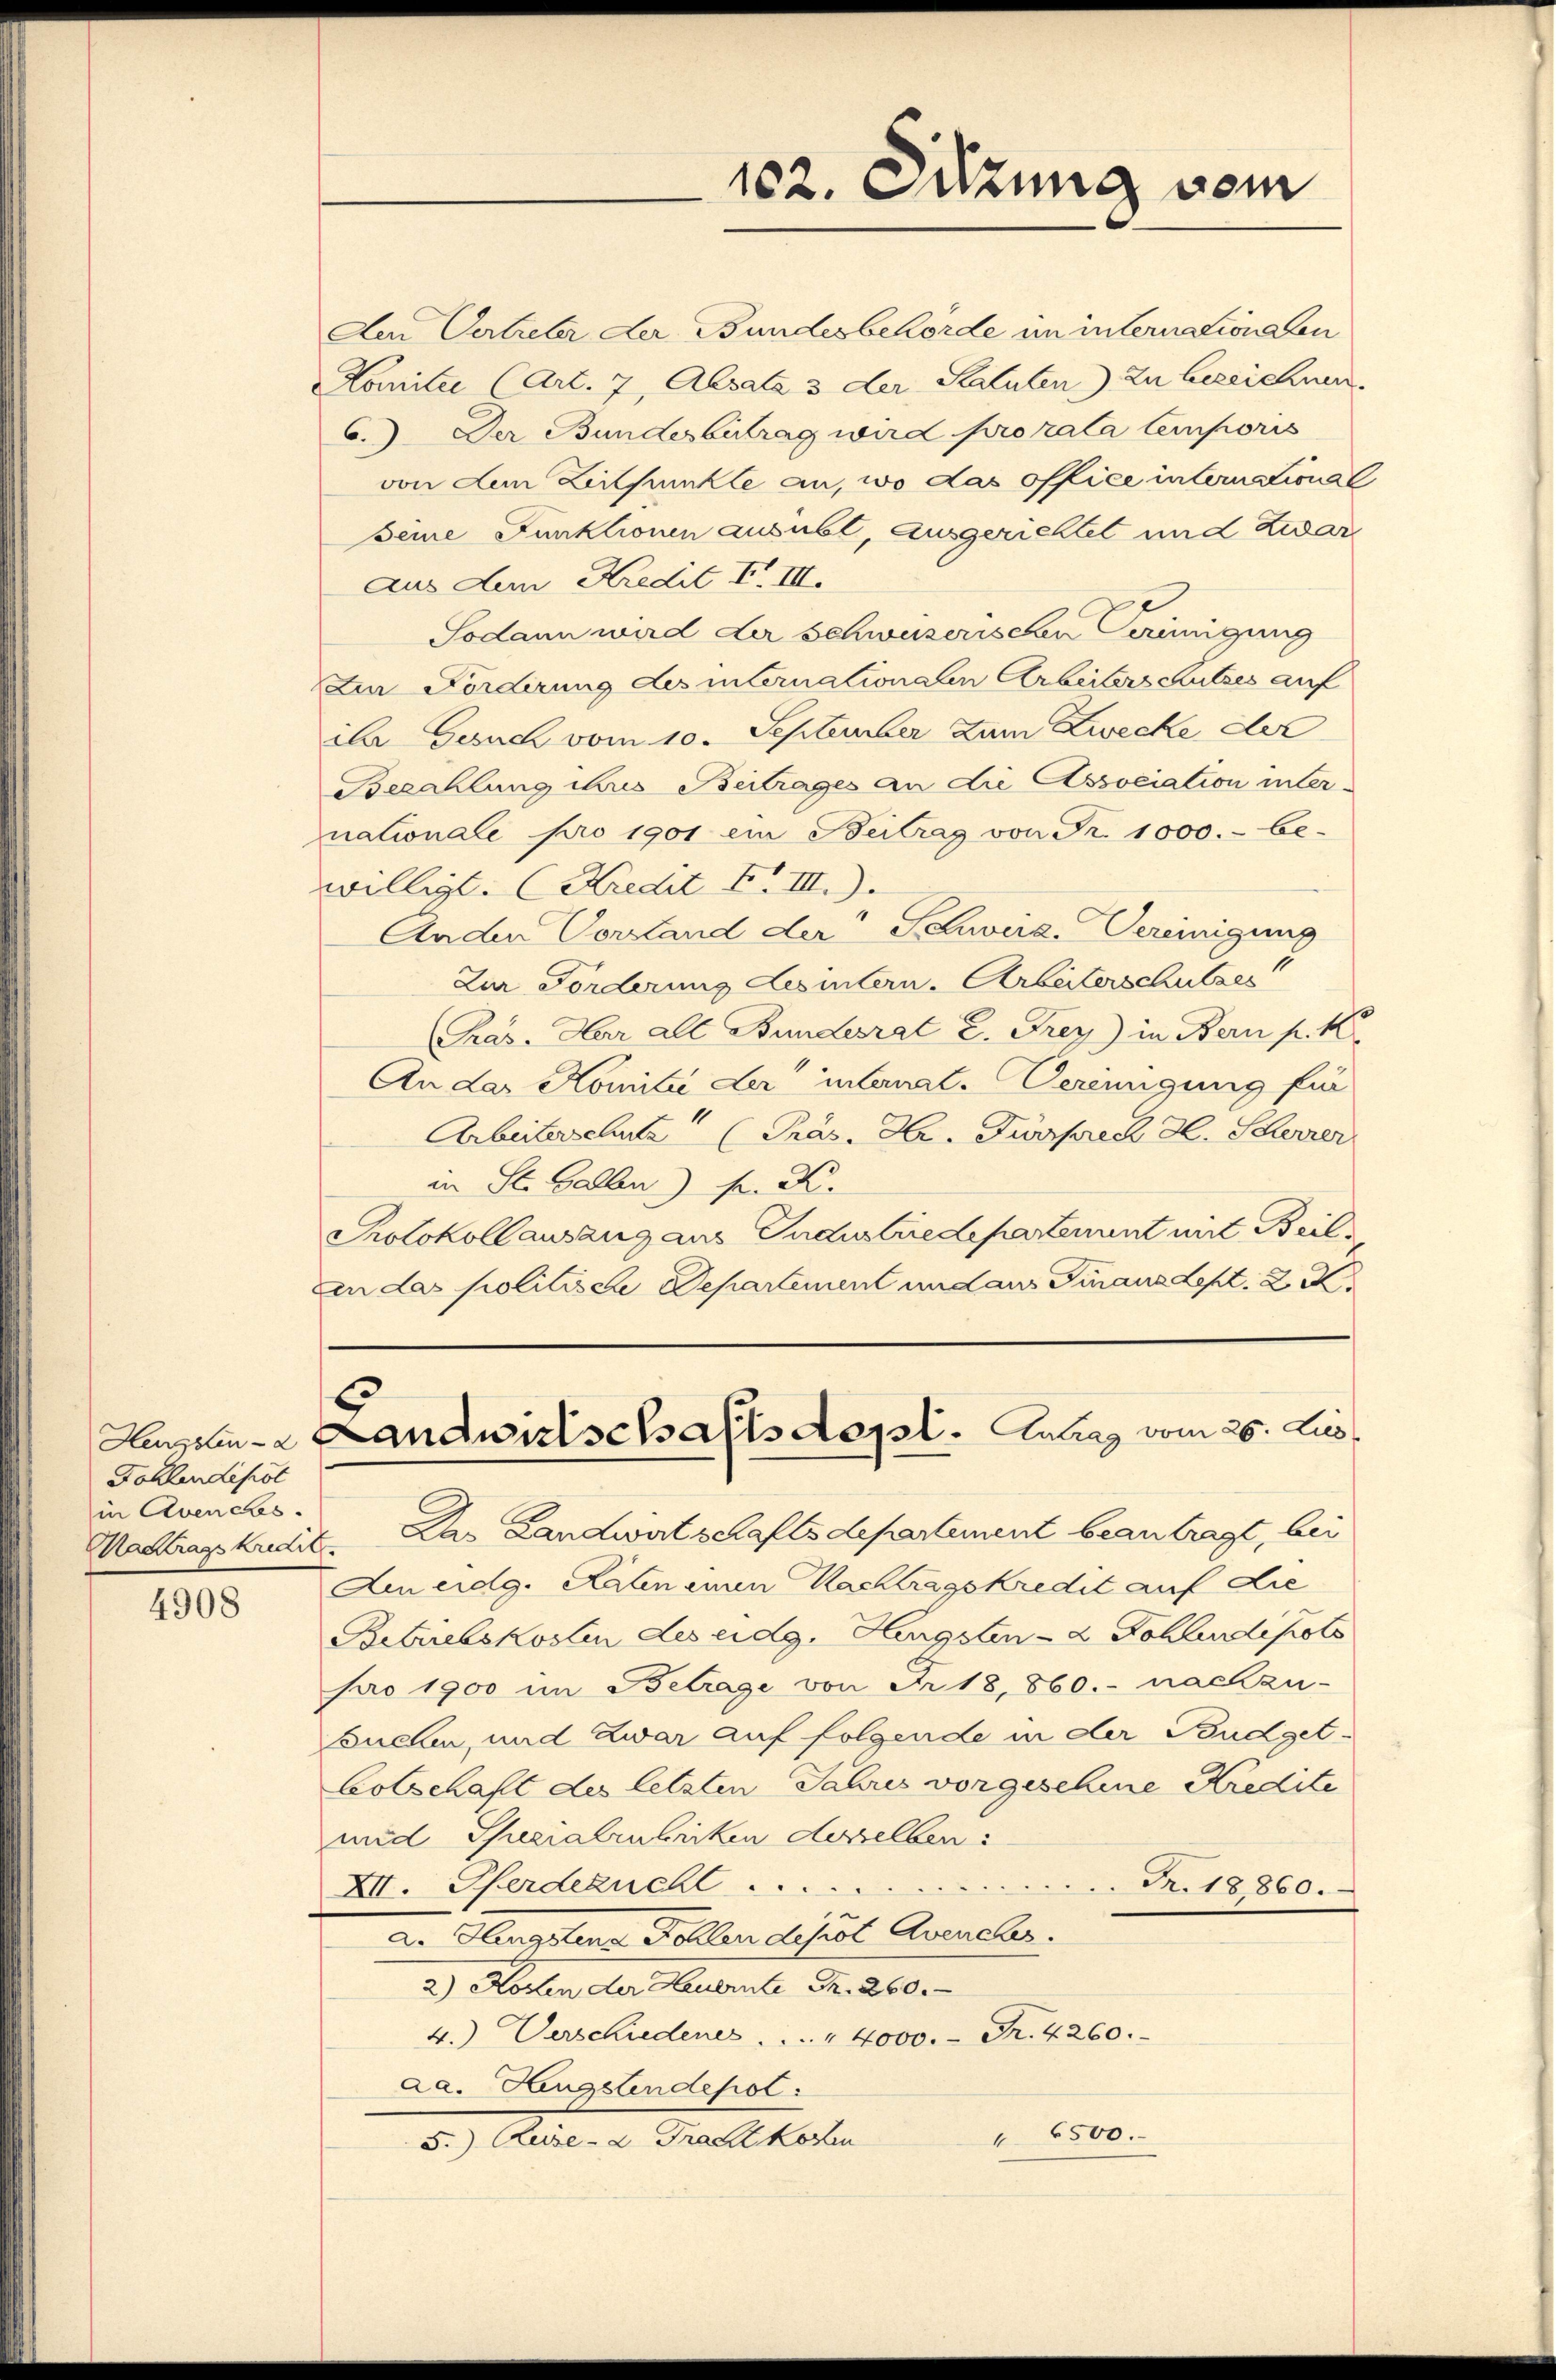
Dohlendepot
in Avenches.
Mactragskredi

4908

102. Setzung vom

Aen Vertreter der Bundesbehörde im internationalen
Komitei (Art. 7, Absala 3 der Statuten) zu bezeichnen.
6.) Der Bundesbetrag wird pro rata temporis
von dem Zeitpunkte an, wo das office international
seine Funktionen ausübt, ausgerichtet und Zwar
Aus den Kredit II III.
Sodann wird der schweizerischen Perinigung
Die Forderung des internationalen Arbeiterschutzes auf
ihr Gesuch vom 10. September zum Zwecke der
Bezahlung ihres Beitrages an die Association inter-
nationale pro 1901 ein Beitrag von Fr. 1000.- be-
willigt. (Kredit F. III).
Anden Vorstand der Schwird. Vereinigung
Zur Forderung des intern. Arbeiterschulges
(Pras. Herr all Bundesrat E. Frey) in Bern p. K.
An das Komite der internat. Vereinigung für
Arbeiterschutz (Präs. Hr. Fürsprech Al. Scherrer
in St. Gallen) pr. K.
Protokollausang aus Industriedepartement mit Beilxen das politische Departement und aus Finanzdept. 2 K
Hessen - Landwirtschaftsdept. Antrag vom 26. Lus
2. Das Landwirtschaftsdepartement beantragt, bei
Am eidg. Raten einen Nachtragskredit auf die
Betriebskosten des eidg. Hengsten- & Sohlendepots
pro 1900 im Betrage von Fr. 18,860.- nachzu-
buchen, und zwar auf folgende in der Budget¬
Botschaft des letzten Jahres vorgeschine Kredite
mid Specialenticken desselben
XII. Pferdezucht .....
T. 18860.
Hengstens Kollen desst Avencher.
2) Hosen der Heuernte Fr. 260.
4.) Verschiedenes . . . . 4000.- Fr. 4260.
aa. Hengstendepol
6500.
5.) Ause- 2 Fracht kosten